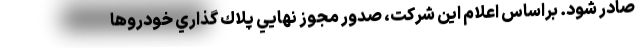
صادر شود. براساس اعلام این شرکت، صدور مجوز نهايي پلاك گذاري خودروها